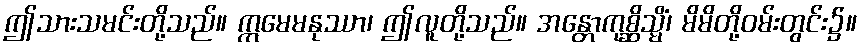
ဤသားသမင်းတို့သည်။ ဣမေမနုဿာ၊ ဤလူတို့သည်။ အန္တောကုစ္ဆိသ္မိံ၊ မိမိတို့ဝမ်းတွင်း၌။